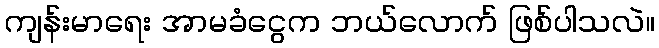
ကျန်းမာရေး အာမခံငွေက ဘယ်လောက် ဖြစ်ပါသလဲ။